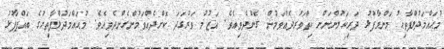
މުޙައްމަދުލްފާތިޙު މަންމާފުޅު ދަރިކަލުންނަށް ހިތްވަރުދެއްވަމުން ގެންދެވިއެވެ. އަޒުމު ވަރުގަދަ ކޮށްދެއްވަމުންގެންދެވިއެވެ. މުޙައްމަދުލްފާތިޙުގެ ބައްޕާފުޅު